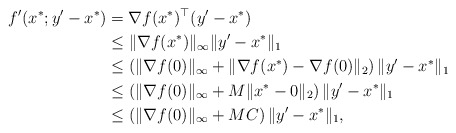
\begin{align*}f'(x^*;y'-x^*) &=\nabla f(x^*)^\top(y'-x^*)\\&\le\|\nabla f(x^*)\|_\infty\|y'-x^*\|_1\\&\le\left(\|\nabla f(0)\|_\infty+\|\nabla f(x^*)-\nabla f(0)\|_2\right)\|y'-x^*\|_1\\&\le\left(\|\nabla f(0)\|_\infty+M\|x^*-0\|_2\right)\|y'-x^*\|_1\\&\le\left(\|\nabla f(0)\|_\infty+MC\right)\|y'-x^*\|_1,\end{align*}